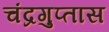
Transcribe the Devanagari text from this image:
चंद्रगुप्तास